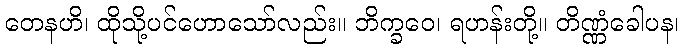
တေနဟိ၊ ထိုသို့ပင်ဟောသော်လည်း။ ဘိက္ခဝေ၊ ရဟန်းတို့။ တိဏ္ဏံခေါပန၊